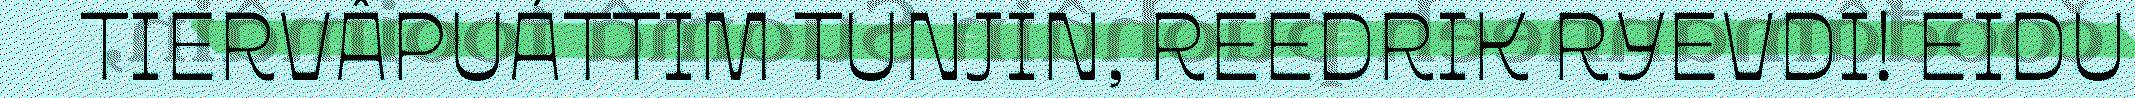
TIERVÂPUÁTTIM TUNJIN, REEDRIK RYEVDI! EIDU